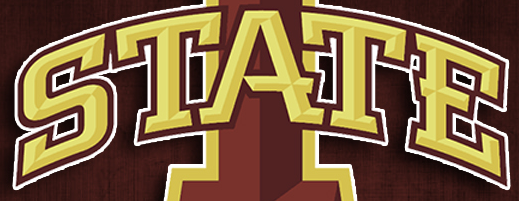
STATE